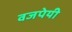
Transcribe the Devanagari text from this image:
वजपेयी